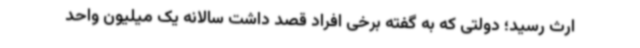
ارث رسید؛ دولتی که به گفته برخی افراد قصد داشت سالانه یک میلیون واحد